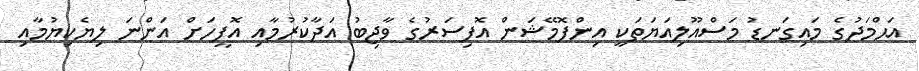
އަޙްމަދުގެ މައިގަނޑު މަސްއޫލިއަޔަތަކީ އިންފޮމޭޝަން އޮފިސަރުގެ ވާޖިބު އަދާކުރުމާއި އޮފީހަށް އަންނަ ލިޔެކިޔުމާއި